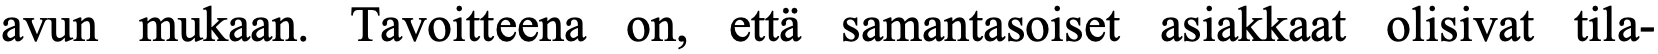
avun mukaan. Tavoitteena on, että samantasoiset asiakkaat olisivat tila-